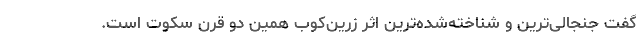
گفت جنجالی‌ترین و شناخته‌شده‌ترین اثر زرین‌کوب همین دو قرن سکوت است.